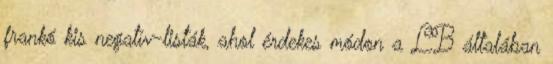
frankó kis negatív-listák, ahol érdekes módon a LB általában